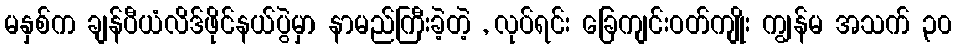
မနှစ်က ချန်ပီယံလိဒ်ဖိုင်နယ်ပွဲမှာ နာမည်ကြီးခဲ့တဲ့ , လုပ်ရင်း ခြေကျင်းဝတ်ကျိုး ကျွန်မ အသက် ၃၀